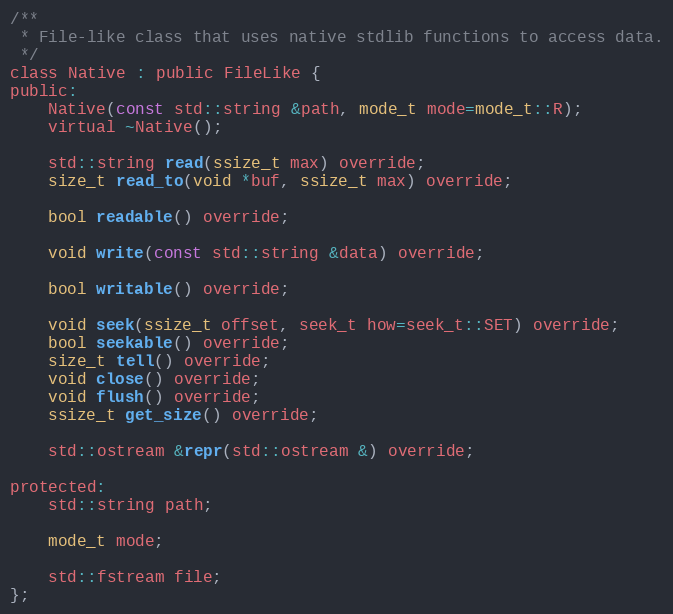
Language: C
/**
 * File-like class that uses native stdlib functions to access data.
 */
class Native : public FileLike {
public:
	Native(const std::string &path, mode_t mode=mode_t::R);
	virtual ~Native();

	std::string read(ssize_t max) override;
	size_t read_to(void *buf, ssize_t max) override;

	bool readable() override;

	void write(const std::string &data) override;

	bool writable() override;

	void seek(ssize_t offset, seek_t how=seek_t::SET) override;
	bool seekable() override;
	size_t tell() override;
	void close() override;
	void flush() override;
	ssize_t get_size() override;

	std::ostream &repr(std::ostream &) override;

protected:
	std::string path;

	mode_t mode;

	std::fstream file;
};